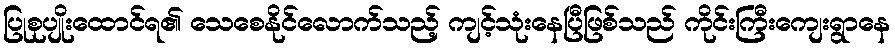
ပြုစုပျိုးထောင်ရ၏ သေစေနိုင်လောက်သည့် ကျင့်သုံးနေပြီဖြစ်သည် ကိုင်းကြီးကျေးရွာနေ